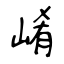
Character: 崤